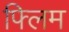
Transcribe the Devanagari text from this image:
फ्लिम